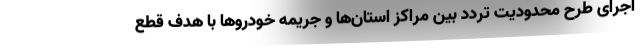
اجرای طرح محدودیت تردد بین مراکز استان‌ها و جریمه خودروها با هدف قطع